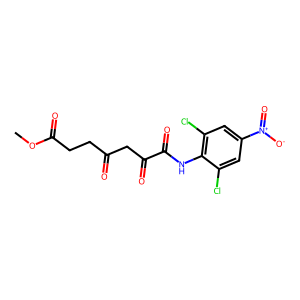
SMILES: COC(=O)CCC(=O)CC(=O)C(=O)Nc1c(Cl)cc([N+](=O)[O-])cc1Cl
Inhibits HIV replication: No